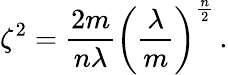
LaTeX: \zeta^{2}=\frac{2m}{n\lambda}\left(\frac{\lambda}{m}\right)^{\frac{n}{2}}\, .